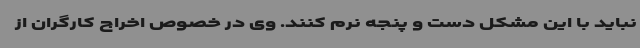
نباید با این مشکل دست و پنجه نرم کنند. وی در خصوص اخراج کارگران از